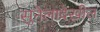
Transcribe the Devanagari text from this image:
सुनेलादेखील